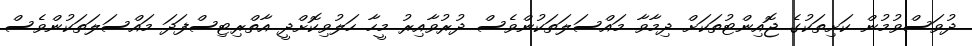
ދުވަސްވުމުން ކަށިތަކުގެ ޖޮއިންޓުތަކަށް ދިމާވާ މައްސަލަތަކުންވެސް ދުރުވާއިރު މީހާ ހަލުވިކޮށްދީ އާތްރިޓިސްފަދަ މައްސަލަތަކުންވެސް